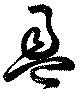
盈